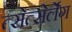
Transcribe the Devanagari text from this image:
त्सेत्सेर्लेग